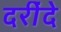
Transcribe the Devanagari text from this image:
दरींदे